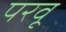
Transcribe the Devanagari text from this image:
परवू